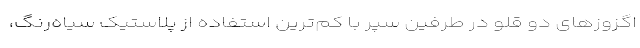
اگزوزهای دو قلو در طرفین سپر با کم‌ترین استفاده از پلاستیک سیاه‌رنگ،